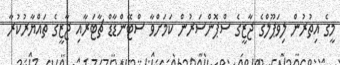
މީގެ އިތުރުން ލިވަޕޫލްގެ ޖާޒީގެ ސްޕޮންސަރުން ކަމަށްވާ ސްޓޭންޑާޑް ޗާޓަރާއި ޖާޒީގެ ތައްޔާރުކުރާ